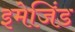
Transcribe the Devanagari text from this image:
इमेजिंड